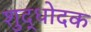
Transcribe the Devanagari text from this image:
शुद्धोदक